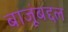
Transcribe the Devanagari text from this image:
बाजूंबद्दल